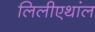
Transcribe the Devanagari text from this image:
लिलीएथांल